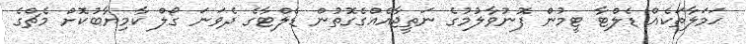
ޙަމަލާތަކެއް ޑެލްޓާ ޓީމުން ފޮނުވާލުމުގެ ނަތީޖާއެއްގެގޮތުން ޑެލްޓާގެ ދެވަނަ ގޯލް ކާމިޔާބުކޮށް މެޗްގެ